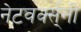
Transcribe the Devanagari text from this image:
नेटवर्क्स्‌नी